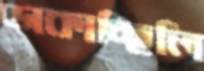
ডাকাচ্ছিলি